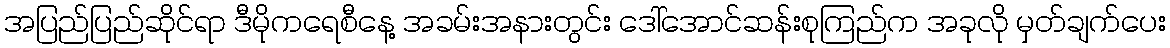
အပြည်ပြည်ဆိုင်ရာ ဒီမိုကရေစီနေ့ အခမ်းအနားတွင်း ဒေါ်အောင်ဆန်းစုကြည်က အခုလို မှတ်ချက်ပေး